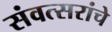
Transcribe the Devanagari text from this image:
संवत्सरांचे